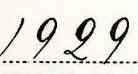
1929